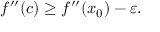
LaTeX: f ^ { \prime \prime } ( c ) \geq f ^ { \prime \prime } ( x _ { 0 } ) - \varepsilon .